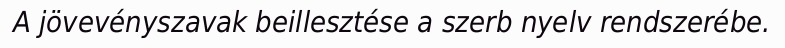
A jövevényszavak beillesztése a szerb nyelv rendszerébe.